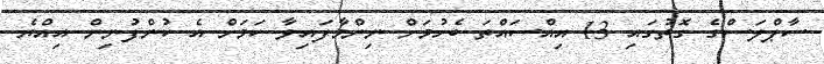
ސާޕްލަސްގެ ގޮތުގައި 13 އިއްސައްތަ ބެހުމަށް ނިންމާފައިވާ ކަމަށް އެ ކުންފުނިން އިއްޔެ